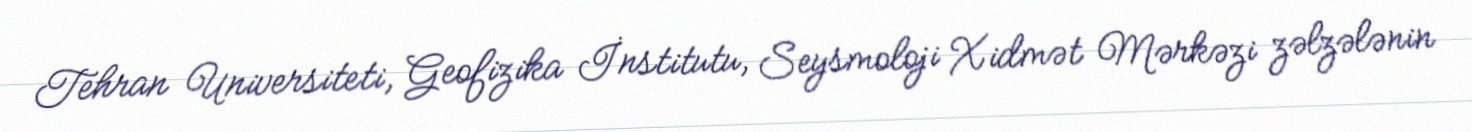
Tehran Universiteti, Geofizika İnstitutu, Seysmoloji Xidmət Mərkəzi zəlzələnin